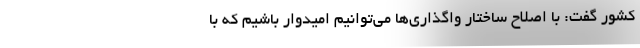
کشور گفت: با اصلاح ساختار واگذاری‌ها می‌توانیم امیدوار باشیم که با